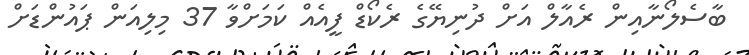
ބާސެލޯނާއިން ރެއާލް އަށް ދުނިޔޭގެ ރެކޯޑް ފީއެއް ކަމަށްވާ 37 މިލިއަން ޕައުންޑަށް